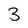
Character: 3